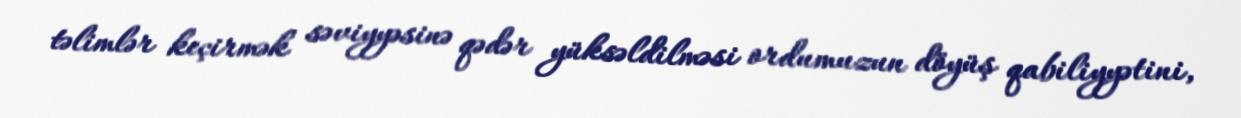
təlimlər keçirmək səviyyəsinə qədər yüksəldilməsi ordumuzun döyüş qabiliyyətini,